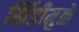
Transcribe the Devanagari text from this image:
खिंडीमुळे